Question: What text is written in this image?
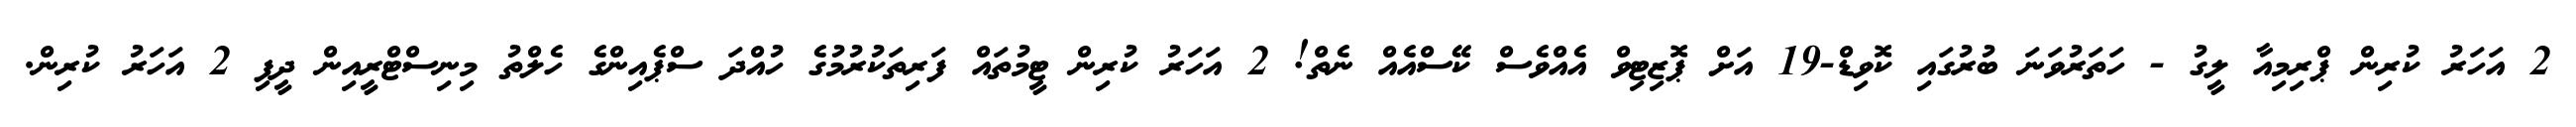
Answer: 2 އަހަރު ކުރިން ޕްރިމިއާ ލީގު - ހަތަރުވަނަ ބުރުގައި ކޮވިޑް-19 އަށް ޕޮޒިޓިވް އެއްވެސް ކޭސްއެއް ނެތް! 2 އަހަރު ކުރިން ޓީމުތައް ފަރިތަކުރުމުގެ ހުއްދަ ސްޕެއިންގެ ހެލްތު މިނިސްޓްރީއިން ދީފި 2 އަހަރު ކުރިން.